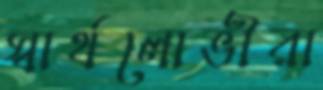
স্বার্থলোভীরা